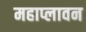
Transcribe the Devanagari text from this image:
महाप्लावन